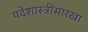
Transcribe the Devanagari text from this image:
पदेशास्त्रींसारखा